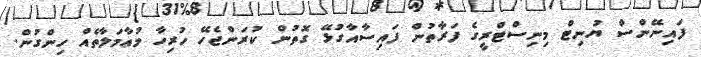
ފައިނޭންސް ޔުނިޓް މިނިސްޓްރީގެ ފަރާތުން ފައިސާއާގުޅޭ ގޮތުން ކުރަންޖެހޭ ހުރިހާ މުޢާމަލާތެއް ހިންގުން.